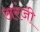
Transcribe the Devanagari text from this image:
अरंजी